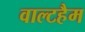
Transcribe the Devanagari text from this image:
वाल्टहैम